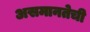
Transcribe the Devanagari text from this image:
असमानतेची